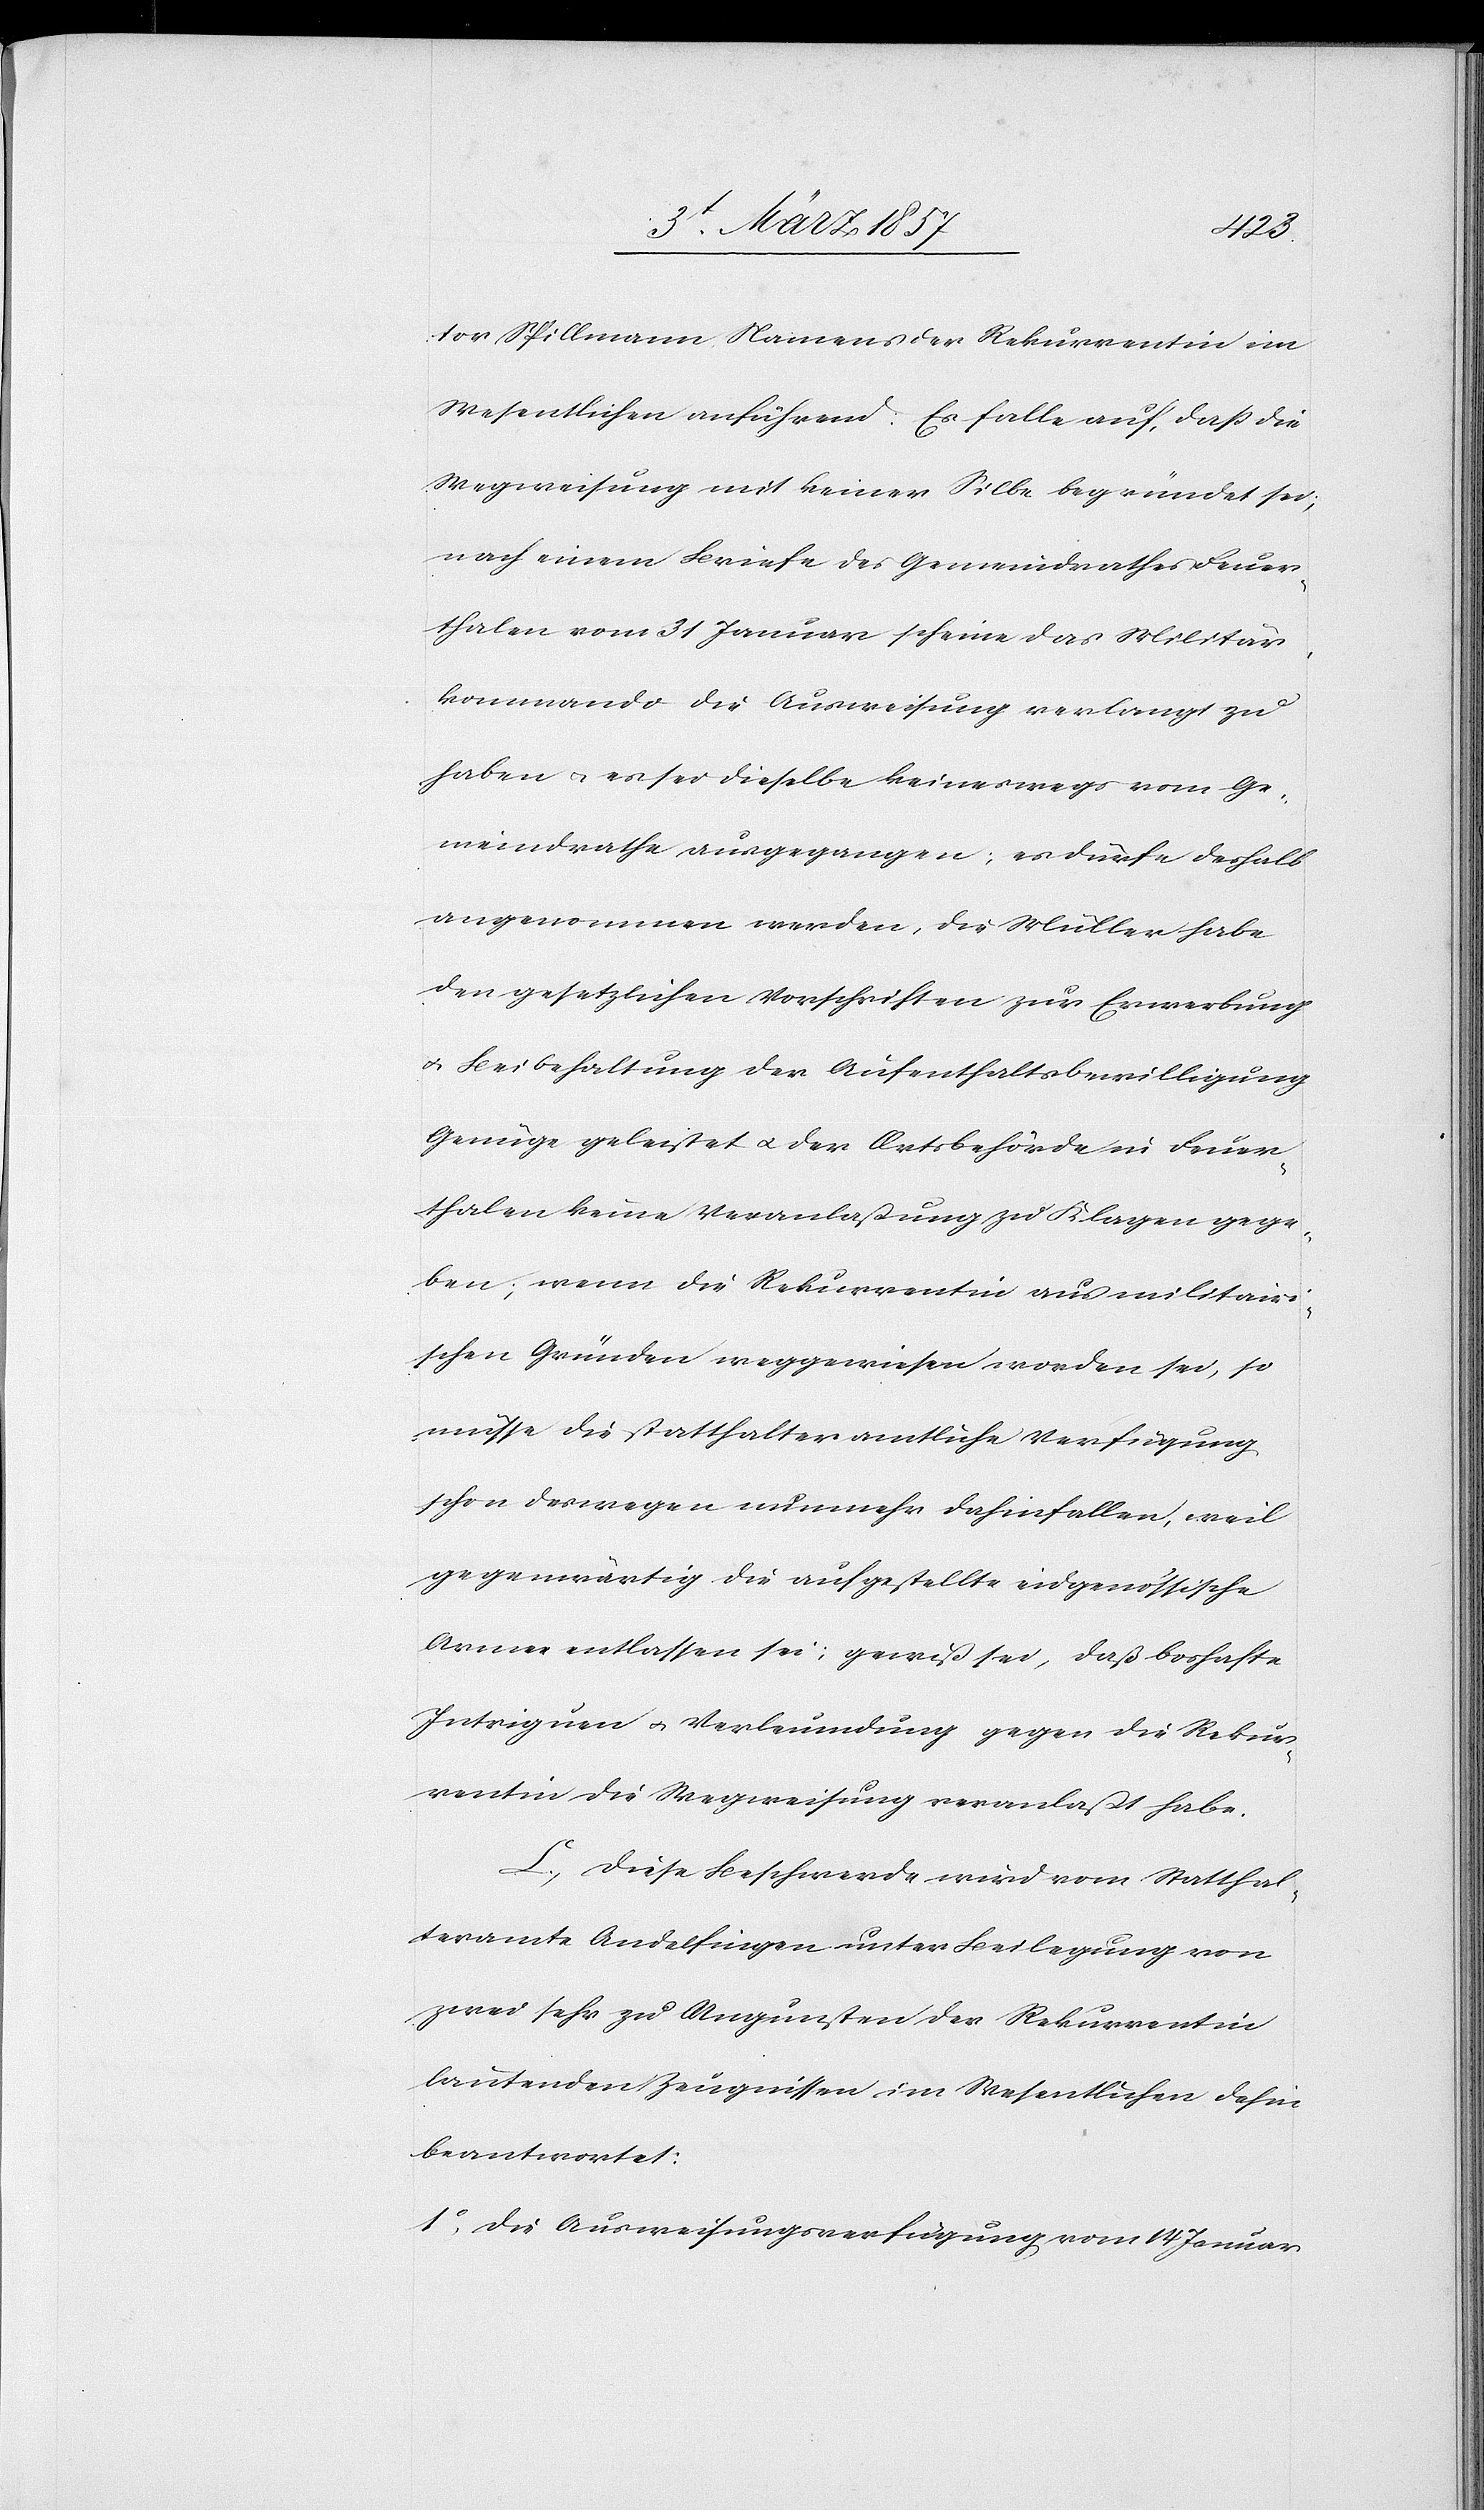
tor Spillmann Namens der Rekurrentin im
Wesentlichen anführend: Es falle auf, daß die
Wegweisung mit keiner Silbe begründet sei;
nach einem Briefe des Gemeindrathes Feuer¬
thalen vom 31 Januar scheine das Militär¬
kommando die Ausweisung verlangt zu
haben u. es sei dieselbe keineswegs vom Ge¬
meindrathe ausgegangen; es dürfe deshalb
angenommen werden, die Müller habe
den gesetzlichen Vorschriften zur Erwerbung
u. Beibehaltung der Aufenthaltsbewilligung
Genüge geleistet u. der Ortsbehörde in Feuer¬
thalen keine Veranlaßung zu Klagen gege¬
ben; wenn die Rekurrentin aus militairi¬
schen Gründen weggewiesen worden sei, so
müsse die statthalteramtliche Verfügung
schon deswegen nunmehr dahinfallen, weil
gegenwärtig die aufgestellte eidgenössische
Armee entlassen sei; gewiß sei, daß boshafte
Intriguen u. Verleumdung gegen die Rekur¬
rentin die Wegweisung veranlaßt habe.
C. Diese Beschwerde wird vom Statthal¬
teramte Andelfingen unter Beilegung von
wzei sehr zu Ungunsten der Rekurrentin
lautenden Zeugnissen im Wesentlichen dahin
beantwortet:
1o die Ausweisungsverfügung vom 14 Januar